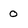
Character: 0